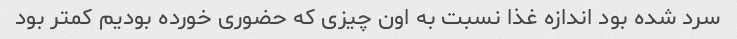
سرد شده بود اندازه غذا نسبت به اون چیزی که حضوری خورده بودیم کمتر بود